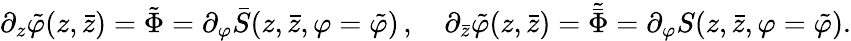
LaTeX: \partial_{z}\tilde{\varphi}(z,\bar{z})=\tilde{\Phi}=\partial_{\varphi}\bar{S}(z,\bar{z},\varphi=\tilde{\varphi})\, ,\quad\partial_{\bar{z}}\tilde{\varphi}(z,\bar{z})=\tilde{\bar{\Phi}}=\partial_{\varphi}S(z,\bar{z},\varphi=\tilde{\varphi}).